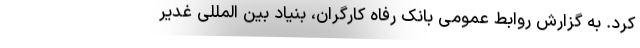
کرد. به گزارش روابط عمومی بانک رفاه کارگران، بنیاد بین المللی غدیر